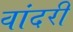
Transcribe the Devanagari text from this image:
वांदरी